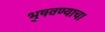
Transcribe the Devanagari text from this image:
भुषवण्याचा